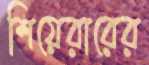
শিয়েরারের